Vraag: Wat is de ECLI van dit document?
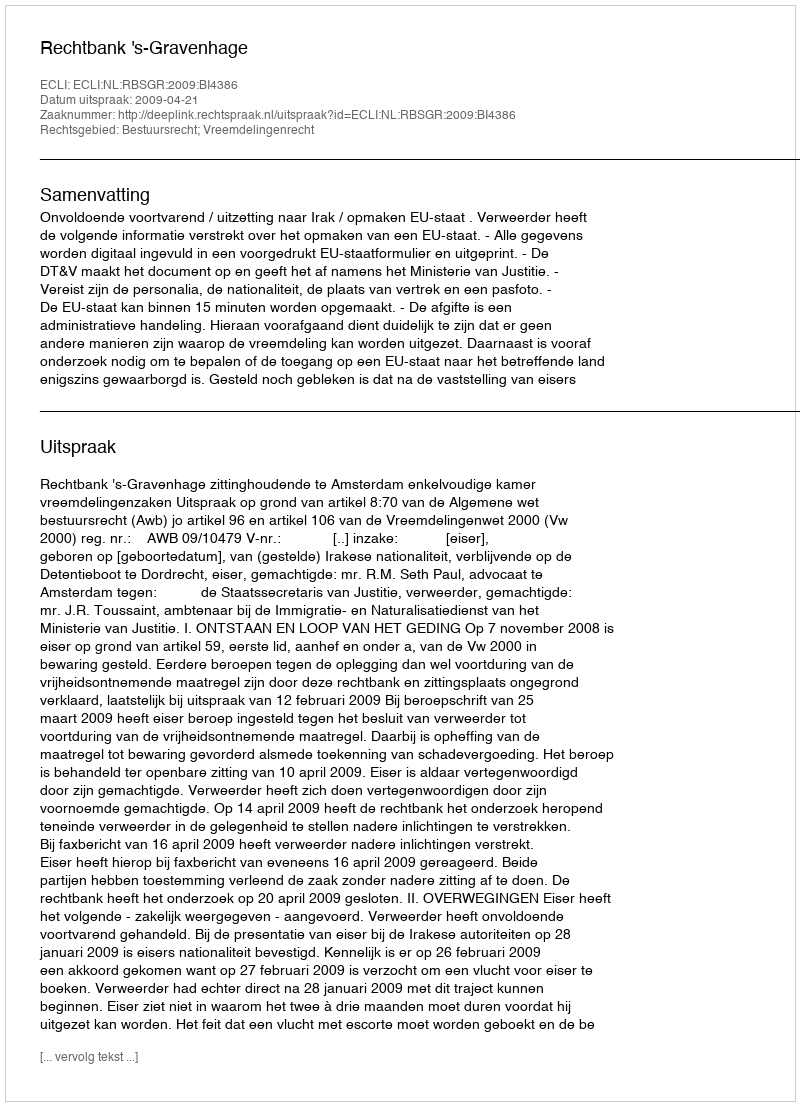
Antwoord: ECLI:NL:RBSGR:2009:BI4386